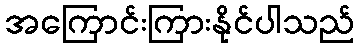
အကြောင်းကြားနိုင်ပါသည်